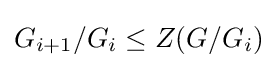
G_{i+1}/G_{i}\leq Z(G/G_{i})